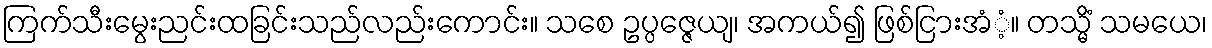
ကြက်သီးမွေးညင်းထခြင်းသည်လည်းကောင်း။ သစေ ဥပ္ပဇ္ဇေယျ၊ အကယ်၍ ဖြစ်ငြားအံံ့။ တသ္မိံ သမယေ၊